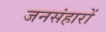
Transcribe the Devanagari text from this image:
जनसंहारों